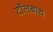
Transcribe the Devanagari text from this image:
टॉलबाथ